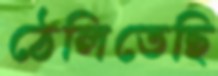
ঠেলিতেছি